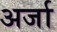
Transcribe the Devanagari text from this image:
अर्जा